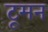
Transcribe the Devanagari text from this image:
टूमन